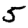
Digit: 5